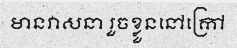
មានវាសនា រួចខ្លួននៅក្រៅ